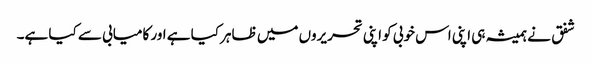
شفق نے ہمیشہ ہی اپنی اس خوبی کو اپنی تحریروں میں ظاہر کیا ہے اور کامیابی سے کیا ہے۔